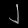
Digit: ၂